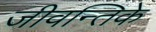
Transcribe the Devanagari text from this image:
जीवन्तिके